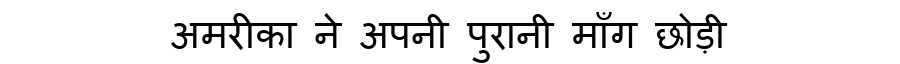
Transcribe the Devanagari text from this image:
अमरीका ने अपनी पुरानी माँग छोड़ी